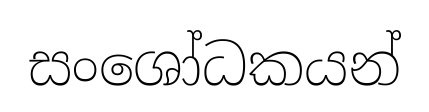
සංශෝධකයන්